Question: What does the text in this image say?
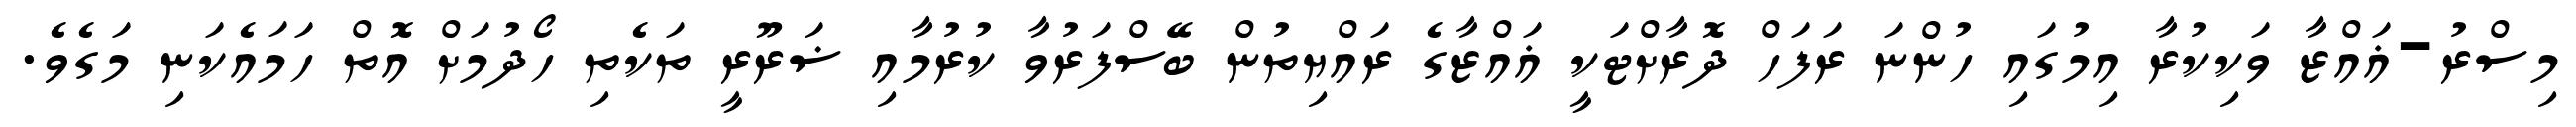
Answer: މިސްރު-ޣައްޒާ ވަކިކުރާ އިމުގައި ހުންނަ ރަފަހް ދޮރާށްޓަކީ ޣައްޒާގެ ރައްޔިތުން ބޭސްފަރުވާ ކުރުމާއި ޟަރޫރީ ތަކެތި ހޯދުމަށް އޮތް ހަމައެކަނި މަގެވެ.